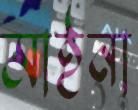
মাইনা